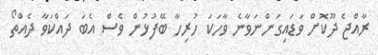
ރާއްޖެ ދޫކޮށް ވަޑައިގަންނަވާނެ ވާހަކަ ހުރިހާ ބޭފުޅުން ވެސް އެބަ ދައްކަވާ ދެއްތޯ